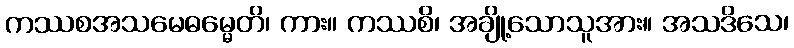
ကဿစအသမေဓမ္မေတိ၊ ကား။ ကဿစိ၊ အချို့သောသူအား။ အသဒိသေ၊